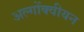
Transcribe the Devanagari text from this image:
अल्गोंक्वीयन